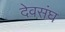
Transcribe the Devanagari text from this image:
देवसंघ